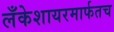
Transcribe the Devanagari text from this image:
लँकेशायरमार्फतच